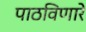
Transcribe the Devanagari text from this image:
पाठविणारे